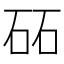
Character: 砳